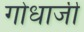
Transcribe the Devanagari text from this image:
गोधाजी